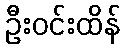
ဦးဝင်းထိန်